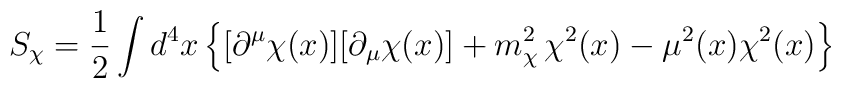
S_\chi = \frac{1}{2} \int d^4x \left\{  [\partial^\mu \chi(x)] [\partial_\mu \chi(x)] +  m_\chi^2 \, \chi^2(x) - \mu^2(x) \chi^2(x) \right\}